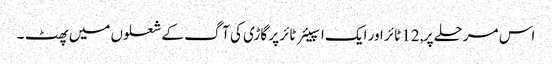
اس مرحلے پر, 12 ٹائر اور ایک اسپیئر ٹائر پر گاڑی کی آگ کے شعلوں میں پھٹ ۔